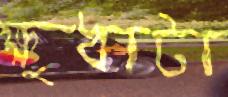
ক্ষুধাটা